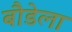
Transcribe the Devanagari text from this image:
बौडेला